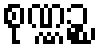
စုဏ္ဏဉ္စ